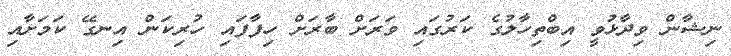
ނިޝާން ވިދާޅުވީ އިބްތިހާލުގެ ކަރުގައި ވަރަށް ބާރަށް ހިފާފައި ހުރިކަން އިނގޭ ކަމަށާއި